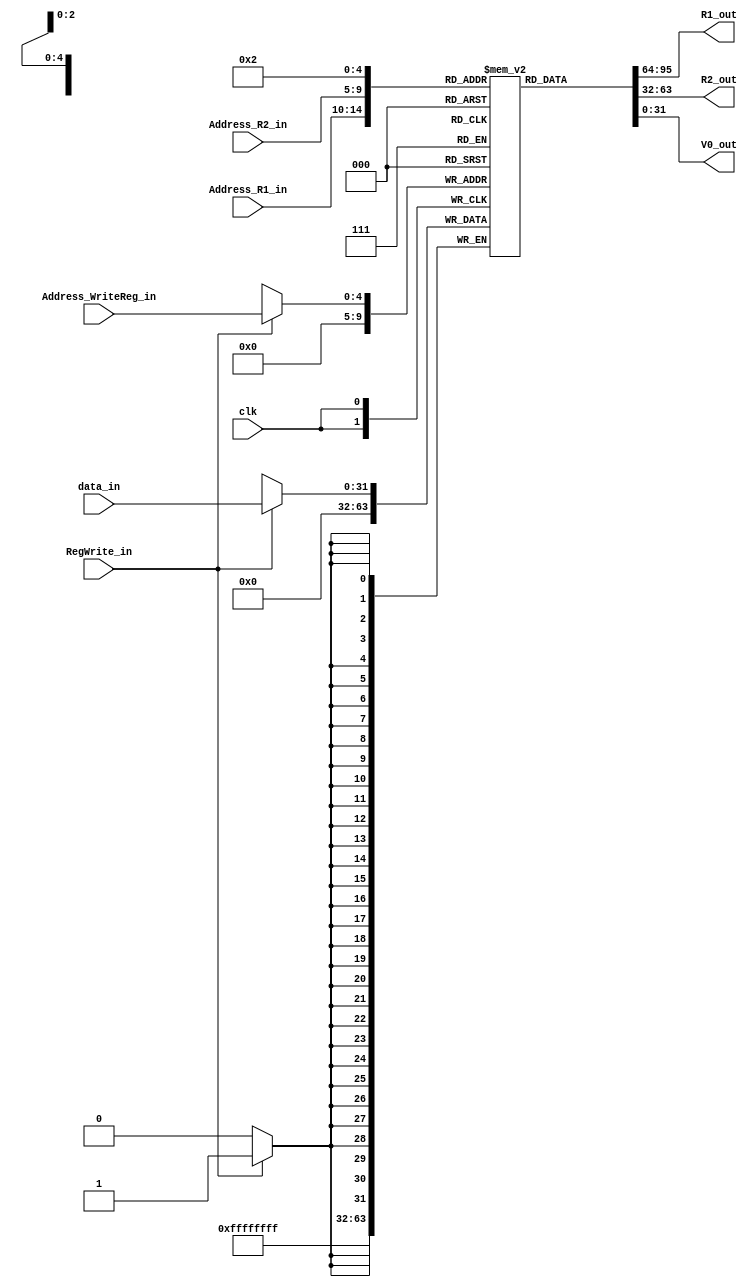
`timescale 1ns/1ps

module RegisterFile(clk, data_in, Address_R1_in, Address_R2_in, Address_WriteReg_in, RegWrite_in, R1_out, R2_out, V0_out);

  input clk;
  input [31:0] data_in;
  input [4:0] Address_R1_in, Address_R2_in, Address_WriteReg_in;
  input RegWrite_in;
  output [31:0] R1_out, R2_out, V0_out;

  reg [31:0] Registers_internal [0:31];

  always@(negedge clk) begin
    if(RegWrite_in == 1)  begin
        Registers_internal[Address_WriteReg_in] <= data_in;
    end
    Registers_internal[0] <= 32'b0;
  end

  assign  R1_out = Registers_internal[Address_R1_in];
  assign  R2_out = Registers_internal[Address_R2_in];
  assign V0_out = Registers_internal[2]; // Based on MIPS Green Sheet


endmodule